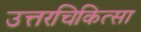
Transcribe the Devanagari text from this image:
उत्तरचिकित्सा